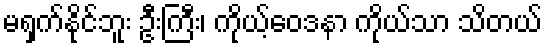
မရှက်နိုင်ဘူး ဦးကြီး၊ ကိုယ့်ဝေဒနာ ကိုယ်သာ သိတယ်